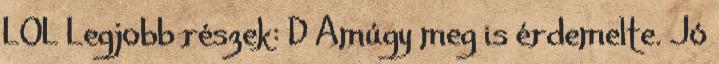
LOL Legjobb részek: D Amúgy meg is érdemelte. Jó